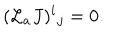
( { \cal L } _ { a } J ) ^ { i } { } _ { j } = 0 .